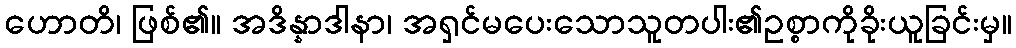
ဟောတိ၊ ဖြစ်၏။ အဒိန္နာဒါနာ၊ အရှင်မပေးသောသူတပါး၏ဥစ္စာကိုခိုးယူခြင်းမှ။